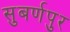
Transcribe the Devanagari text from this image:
सुबर्णपुर